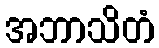
အဘာသိတံ